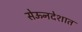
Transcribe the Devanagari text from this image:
सेऊनदेशात